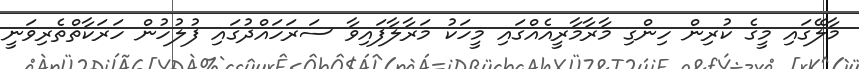
މާލޭގައި މީގެ ކުރިން ހިންގި މާރާމާރީއެއްގައި މީހަކު މަރާލާފައިވާ ސަރަހައްދުގައި ފުލުހުން ހަރަކާތްތެރިވަނީ